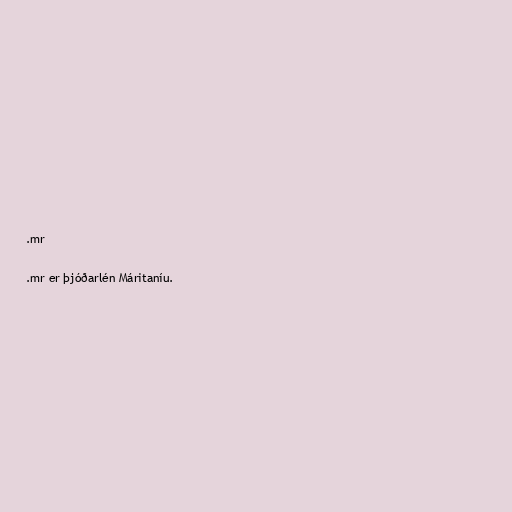
.mr

.mr er þjóðarlén Máritaníu.